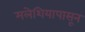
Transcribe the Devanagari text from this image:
मलेशियापासून